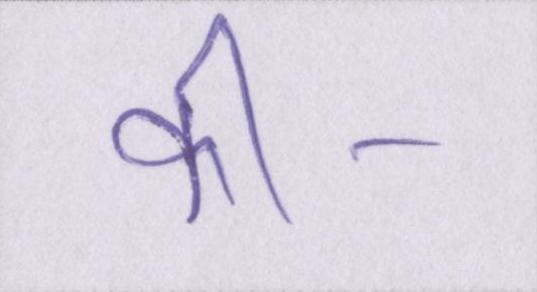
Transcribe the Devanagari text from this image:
की।